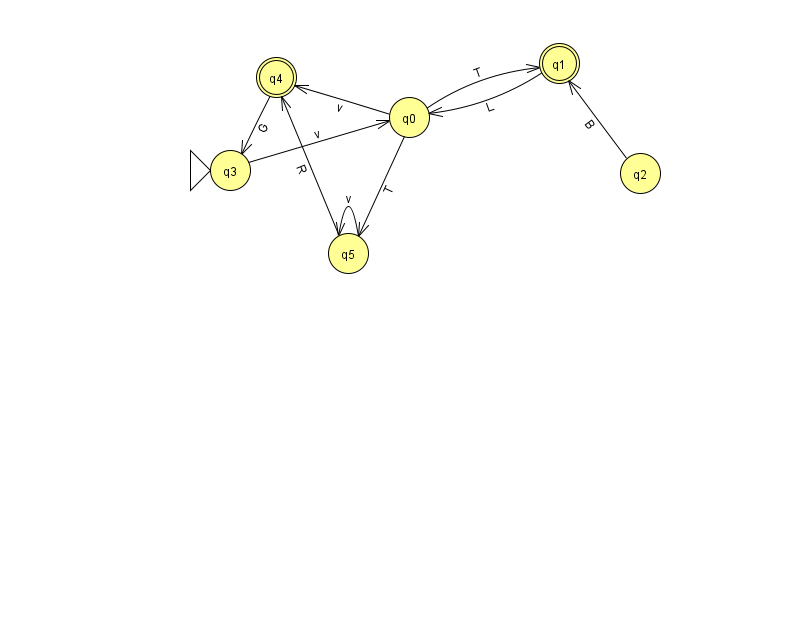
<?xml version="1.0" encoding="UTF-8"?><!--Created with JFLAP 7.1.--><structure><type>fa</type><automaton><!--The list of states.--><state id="0" name="q0"><x>409.0</x><y>104.0</y></state><state id="1" name="q1"><x>559.0</x><y>50.0</y><final/></state><state id="2" name="q2"><x>640.0</x><y>160.0</y></state><state id="3" name="q3"><x>230.0</x><y>157.0</y><initial/></state><state id="4" name="q4"><x>276.0</x><y>64.0</y><final/></state><state id="5" name="q5"><x>348.0</x><y>240.0</y></state><!--The list of transitions.--><transition><from>0</from><to>4</to><read>v</read></transition><transition><from>2</from><to>1</to><read>B</read></transition><transition><from>4</from><to>3</to><read>G</read></transition><transition><from>0</from><to>1</to><read>T</read></transition><transition><from>5</from><to>5</to><read>v</read></transition><transition><from>3</from><to>0</to><read>v</read></transition><transition><from>1</from><to>0</to><read>L</read></transition><transition><from>0</from><to>5</to><read>T</read></transition><transition><from>5</from><to>4</to><read>R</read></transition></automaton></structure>